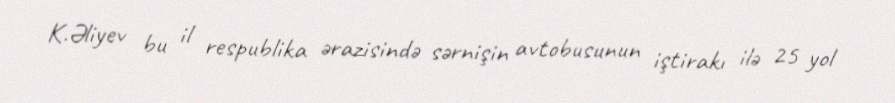
K.Əliyev bu il respublika ərazisində sərnişin avtobusunun iştirakı ilə 25 yol